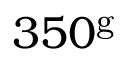
3 5 0 ^ { \mathrm { g } }